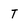
Character: t